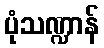
ပုံသဏ္ဍာန်